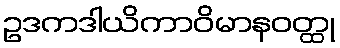
ဥဒကဒါယိကာဝိမာနဝတ္ထု